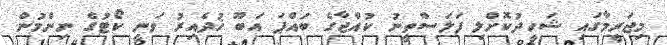
މިޖަރީމާގައި ޝަހީދުކޮށްލި ފަލަސްތީނު ކުއްޖާގެ ބައްޕަ އަބޫ ޚުދެއިރު ވަނީ ކޯޓުގެ ނިންމުން